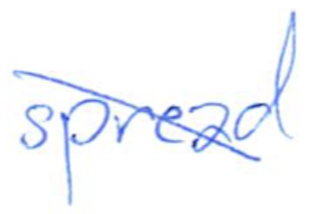
Text: spread
Cross-out: diagonal
Writing tool: ballpoint